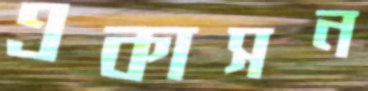
একাসন